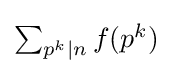
{\textstyle \sum _{p^{k}\mid n}f(p^{k})}